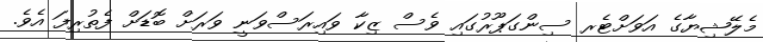
މެލޭޝިޔާގެ އަވަށްޓެރ ސިންގަޕޫރުގައި ވެސް ޒިކާ ވައިރަސްވަނީ ވަރަށް ބޮޑަށް ފެތުރިފަ އެވެ.